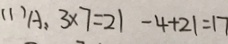
( 1 ) A : 3 \times 7 = 2 1 - 4 + 2 1 = 1 7